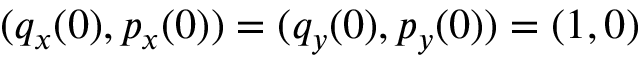
( q _ { x } ( 0 ) , p _ { x } ( 0 ) ) = ( q _ { y } ( 0 ) , p _ { y } ( 0 ) ) = ( 1 , 0 )